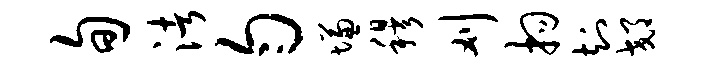
旬渚匀慊穆刈拘知郊